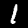
Digit: 1